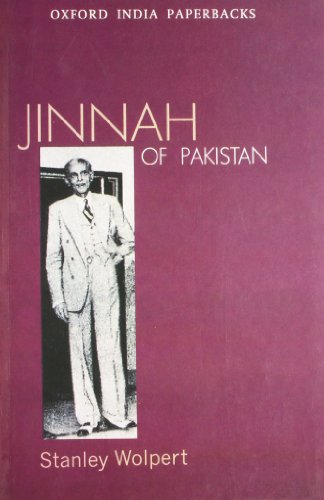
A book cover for Jinnah of Pakistan; Stanley Wolpert; History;